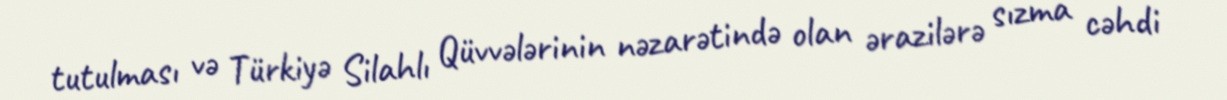
tutulması və Türkiyə Silahlı Qüvvələrinin nəzarətində olan ərazilərə sızma cəhdi